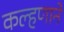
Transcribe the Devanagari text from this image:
कल्हणाने